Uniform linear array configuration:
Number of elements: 48
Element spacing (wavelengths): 0.75
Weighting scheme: blackman
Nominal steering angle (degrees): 45
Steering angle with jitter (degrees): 46.453
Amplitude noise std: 0.05
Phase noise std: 0.05

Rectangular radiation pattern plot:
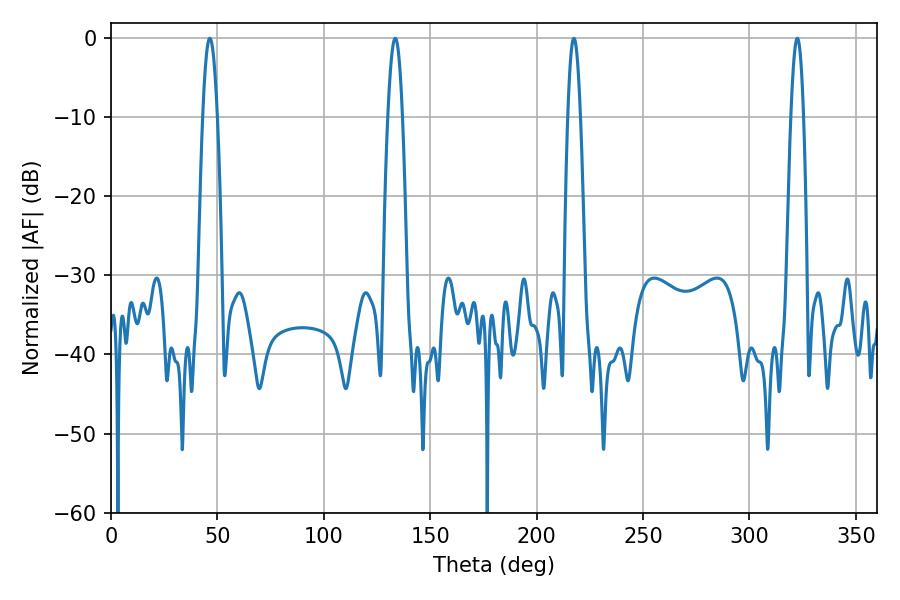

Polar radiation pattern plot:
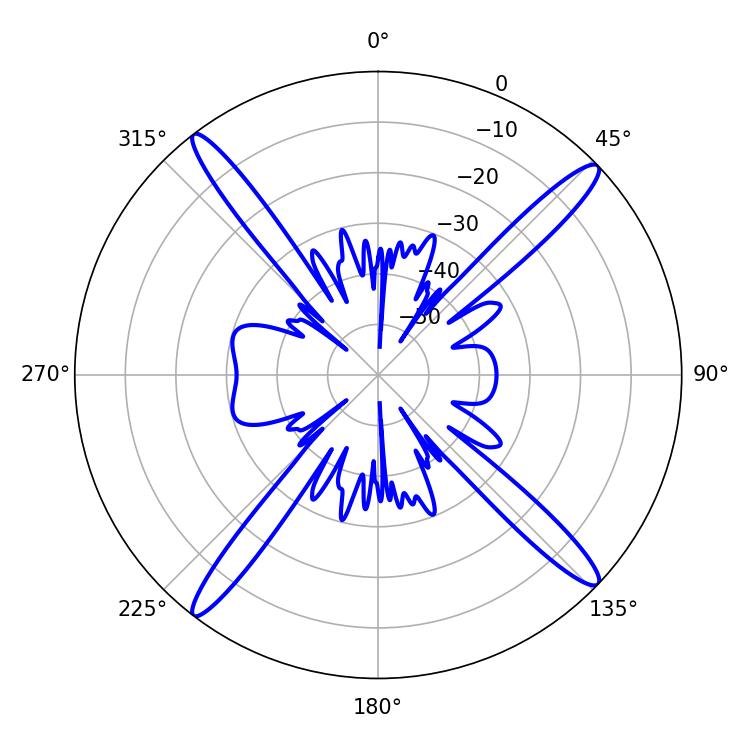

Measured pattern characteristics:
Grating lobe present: TRUE
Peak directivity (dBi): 18.598
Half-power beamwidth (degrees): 3.6
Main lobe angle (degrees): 46.44